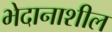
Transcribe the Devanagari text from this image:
भेदानाशील